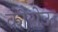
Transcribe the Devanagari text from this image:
कौरोऊ